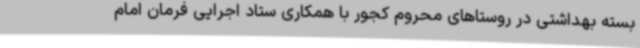
بسته بهداشتی در روستاهای محروم کجور با همکاری ستاد اجرایی فرمان امام